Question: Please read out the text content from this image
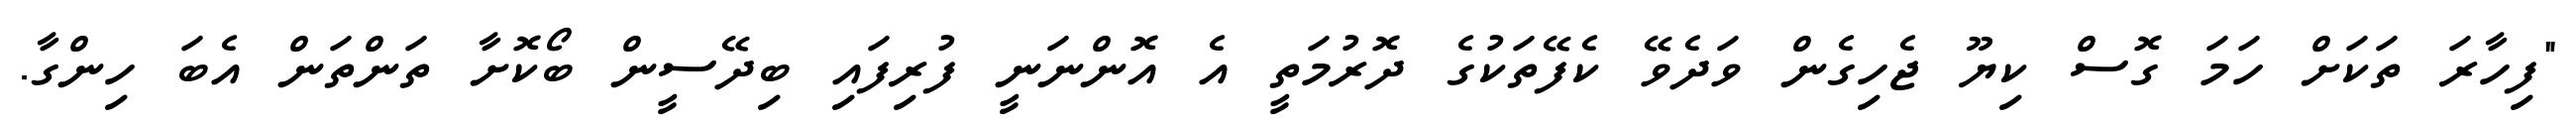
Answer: "ފިހާރަ ތަކަށް ހަމަ ގޮސް ކިޔޫ ޖެހިގެން ވަދެވޭ ކެފޭތަކުގެ ދޮރުމަތީ އެ އޮންނަނީ ފުރިފައި ބިދޭސީން ބޯކޮށާ ތަންތަން އެބަ ހިންގާ.